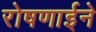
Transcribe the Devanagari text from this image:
रोषणाईने